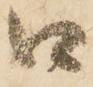
口